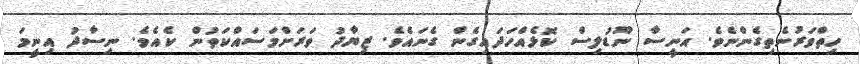
ހިތްވަރުނެތިގެންނެވެ. އަނީސާ ނޫޑުލިސް ކޮޅެއްހަދައިގެން ގެނައެވެ. ޒިޔާދު ވަރަށްމަސައްކަތުން ކެއެވެ. ނިސާދު އިނީމަ